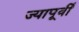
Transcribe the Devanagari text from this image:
ज्यापूर्वी